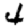
Digit: 4